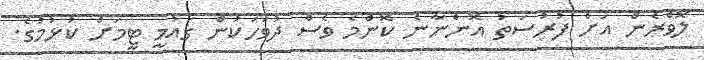
ލޮވްރެން އަށް ފުރުސަތު އޮންނާނެ ކޮންމެ ވެސް ދުވަހަކުން ގައުމީ ޓީމަށް ކުޅުމުގެ.